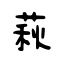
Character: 萩